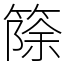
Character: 篨